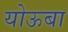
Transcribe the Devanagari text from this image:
योऊबा